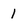
Character: 1